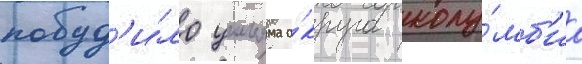
побуд'и́ло уильяма о́круга колу́мб'иа